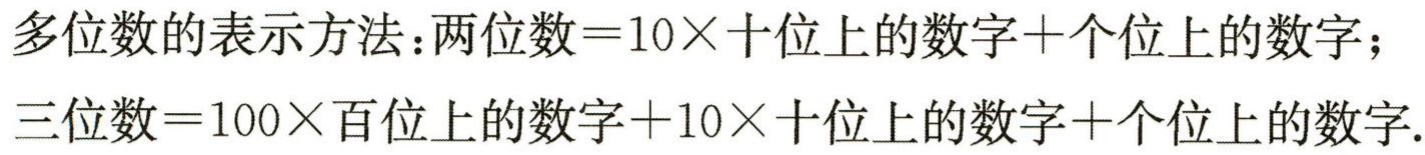
多位数的表示方法：两位数\( = 10\times\)十位上的数字\(+\)个位上的数字；三位数\( = 100\times\)百位上的数字\(+10\times\)十位上的数字\(+\)个位上的数字.